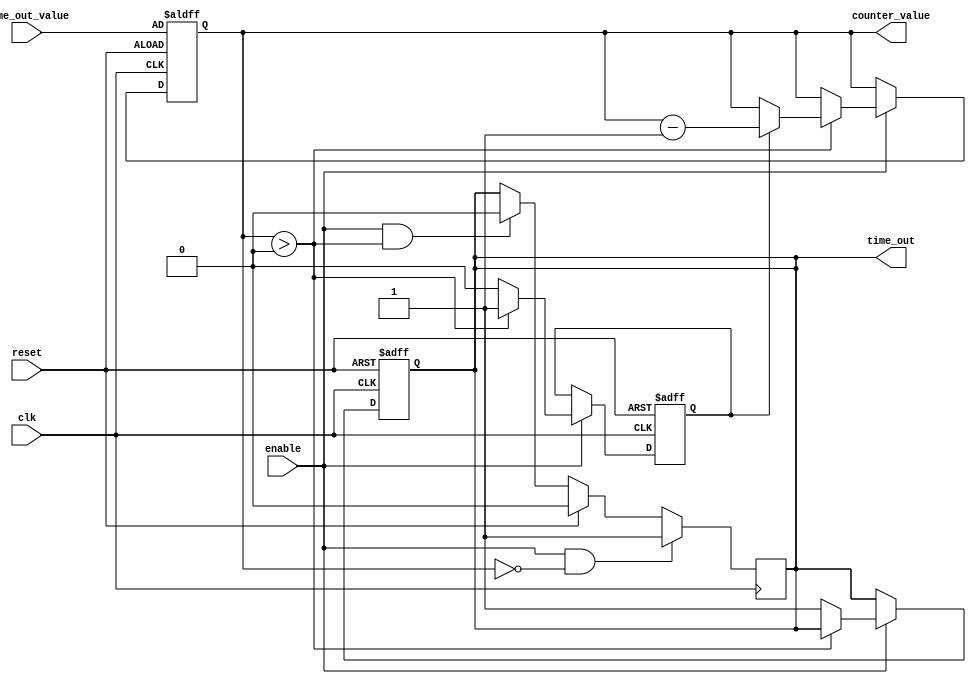
module timeout_counter (
    input wire clk,                   // Clock signal
    input wire reset,                 // Reset signal (active-high)
    input wire enable,                // Enable signal (active-high)
    input wire [15:0] time_out_value, // Time-out value (16-bit wide)
    output reg time_out,              // Time-out signal (active-high)
    output reg [15:0] counter_value    // Current counter value (16-bit wide)
);

    // State machine to hold the state of the counter
    reg counting;

    // Always block for synchronous operations
    always @(posedge clk or posedge reset) begin
        if (reset) begin
            // On reset, initialize counter and time_out
            counter_value <= time_out_value;
            time_out <= 1'b0;
            counting <= 1'b0; // Reset counting state
        end else if (enable) begin
            // Counting down
            if (counter_value > 0) begin
                if (counting) begin
                    counter_value <= counter_value - 1; // Decrement counter
                end else begin
                    counting <= 1'b1; // Start counting
                end
            end else begin
                // Counter has reached zero
                counting <= 1'b0; // Stop counting
                time_out <= 1'b1; // Assert time_out signal
            end
        end else begin
            // Hold state if not enabled
            counting <= counting; // Maintain current counting state
        end
    end

    // Always block for deasserting time_out signal
    always @(posedge clk) begin
        if (enable && counter_value == 0) begin
            // Once the time_out signal is generated, keep it asserted until a reset
            time_out <= 1'b1; // Keep time_out asserted
        end else if (reset) begin
            time_out <= 1'b0; // Deassert on reset
        end else if (enable && counter_value > 0) begin
            time_out <= 1'b0; // Deassert while counting
        end
    end

endmodule